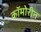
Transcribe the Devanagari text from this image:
कॉमोरीन